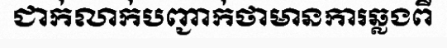
ជាក់លាក់បញ្ជាក់ថាមានការឆ្លងពី